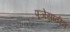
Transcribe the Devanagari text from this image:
पूजेसाठीच